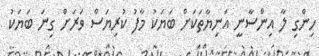
ހިންގި ލާ އިންސާނީ އަނިޔާތަކަށް ބަޔަކު މާފު ކުރިޔަސް ވަރަށް ގިނަ ބަޔަކު